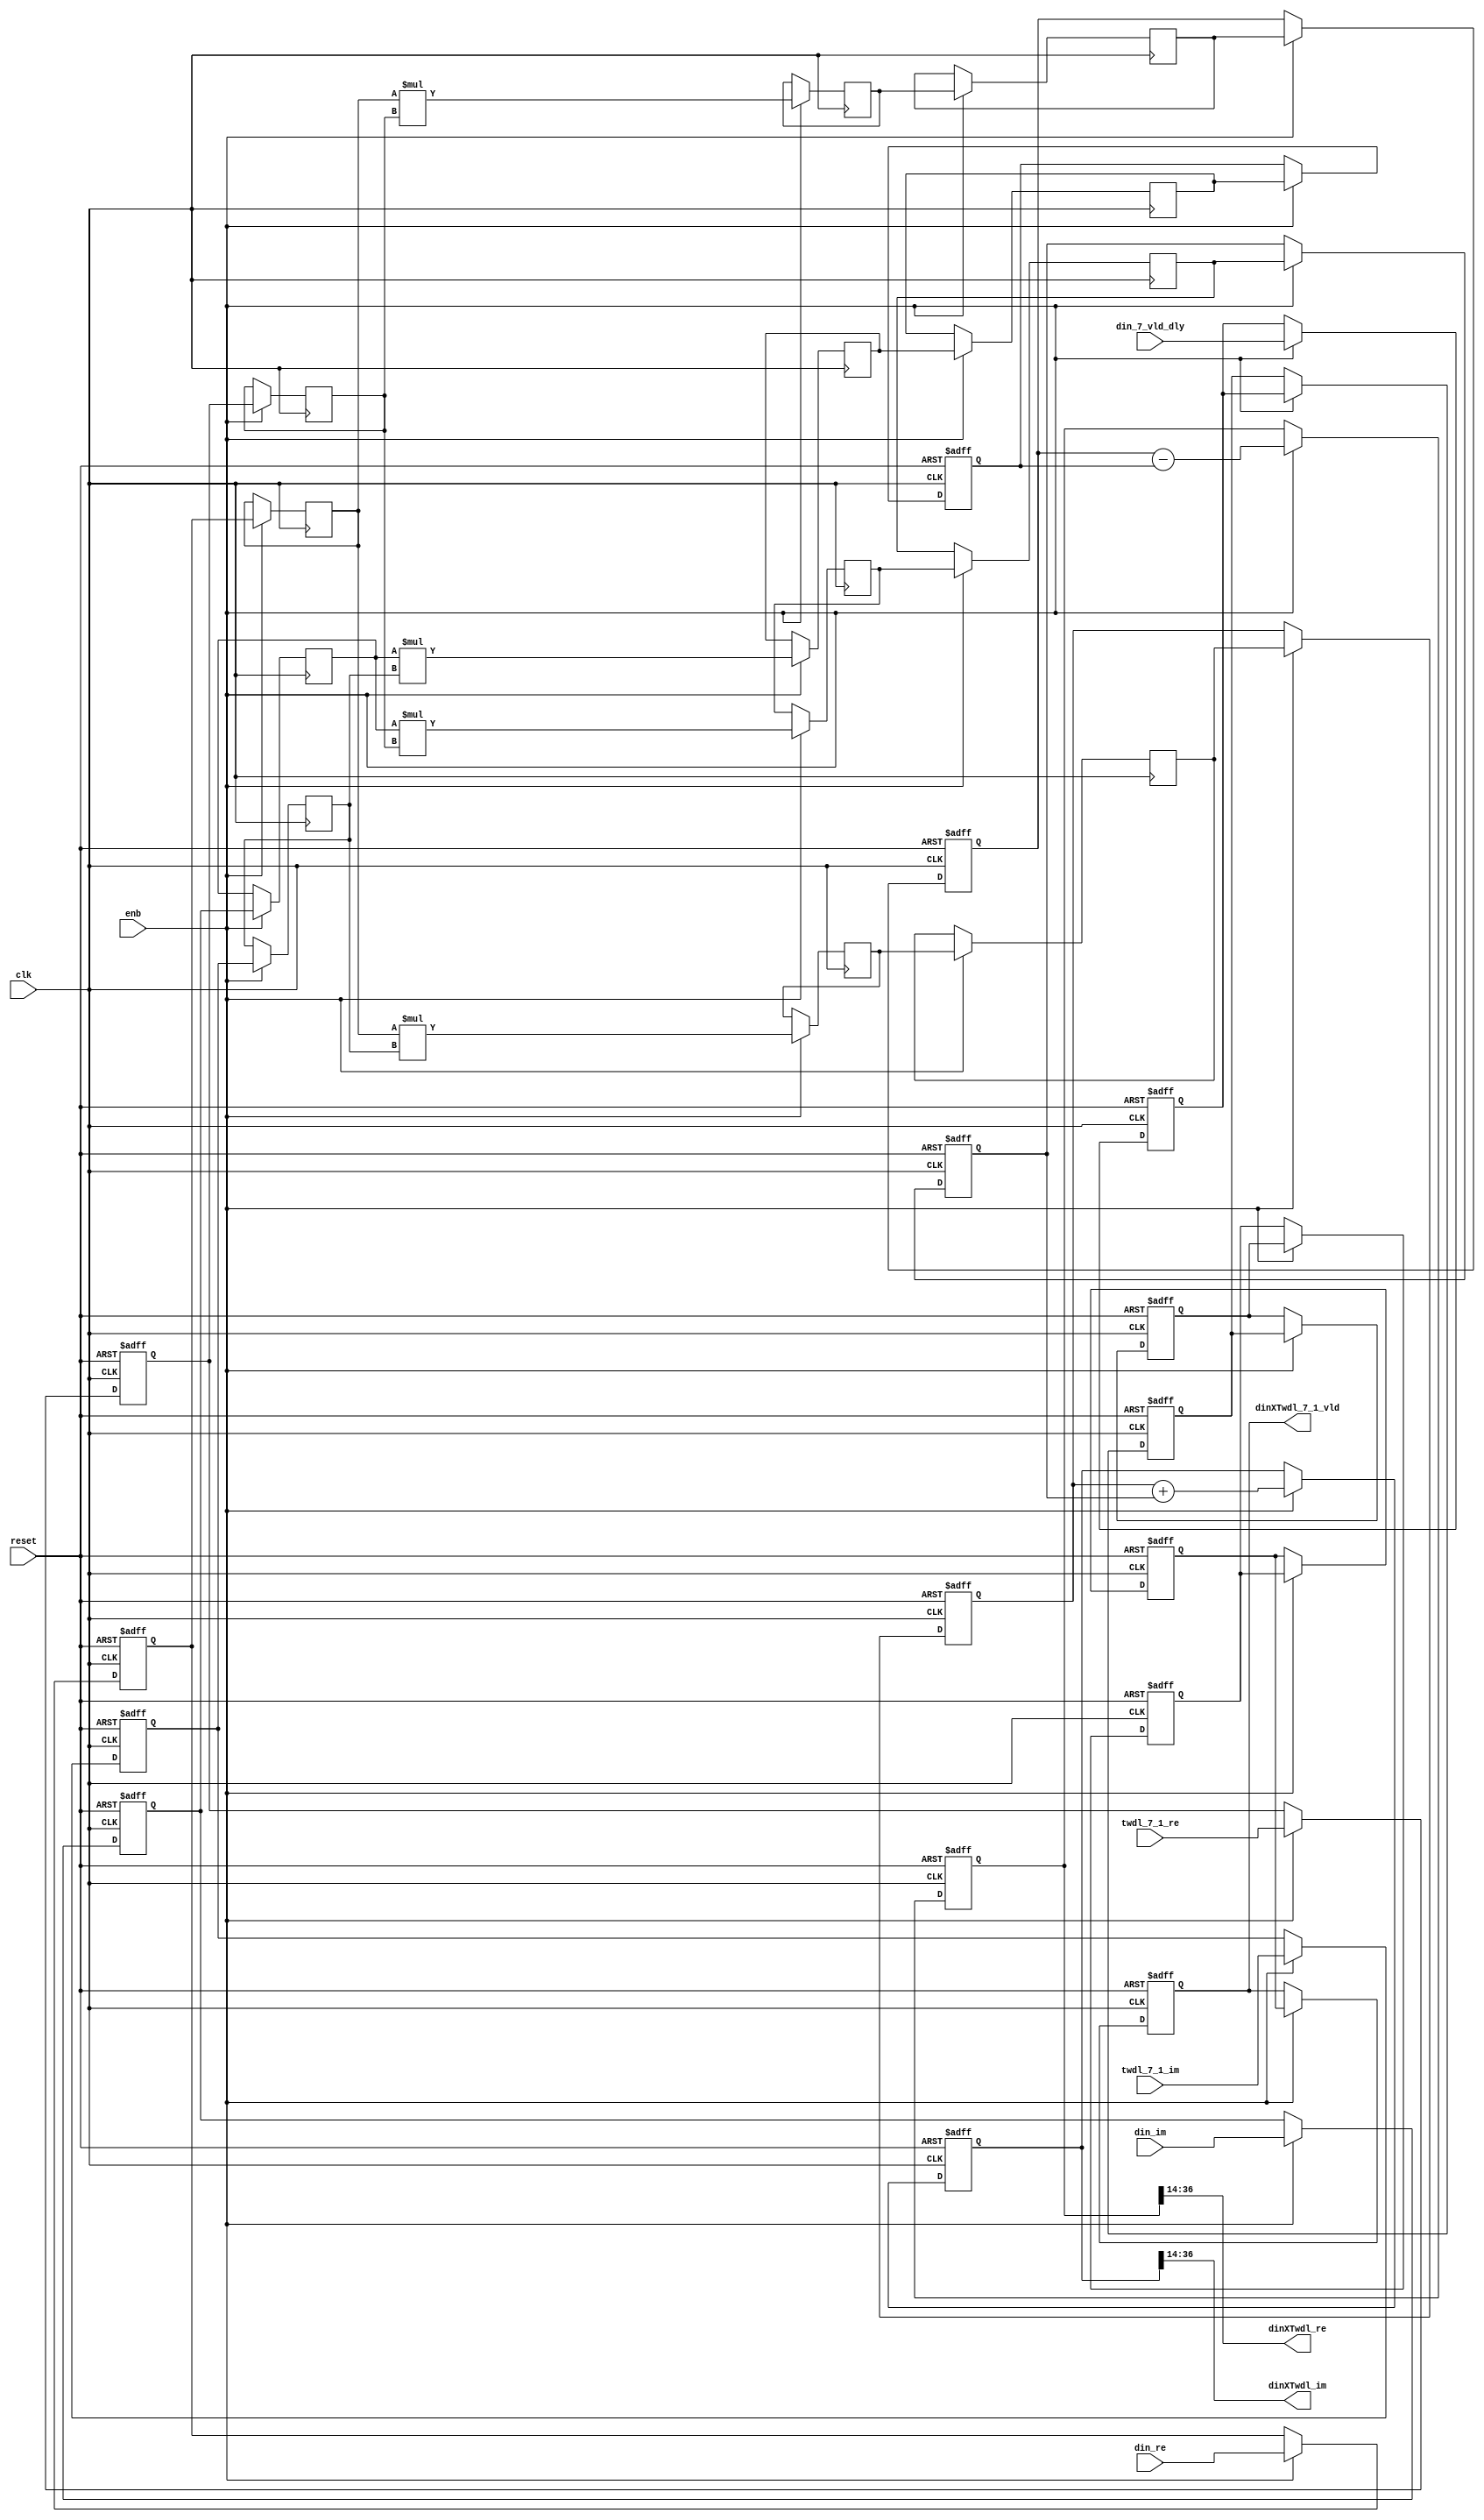
// -------------------------------------------------------------
// 
// 
// Generated by MATLAB 9.13 and HDL Coder 4.0
// 
// -------------------------------------------------------------


// -------------------------------------------------------------
// 
// Module: Complex4Multiply_block1
// Source Path: tb_FFT/DUT/FFT/RADIX22FFT_SDF1_7/Complex4Multiply
// Hierarchy Level: 3
// 
// -------------------------------------------------------------

`timescale 1 ns / 1 ns

module Complex4Multiply_block1
          (clk,
           reset,
           enb,
           din_re,
           din_im,
           din_7_vld_dly,
           twdl_7_1_re,
           twdl_7_1_im,
           dinXTwdl_re,
           dinXTwdl_im,
           dinXTwdl_7_1_vld);


  input   clk;
  input   reset;
  input   enb;
  input   signed [22:0] din_re;  // sfix23_En13
  input   signed [22:0] din_im;  // sfix23_En13
  input   din_7_vld_dly;
  input   signed [15:0] twdl_7_1_re;  // sfix16_En14
  input   signed [15:0] twdl_7_1_im;  // sfix16_En14
  output  signed [22:0] dinXTwdl_re;  // sfix23_En13
  output  signed [22:0] dinXTwdl_im;  // sfix23_En13
  output  dinXTwdl_7_1_vld;


  reg signed [22:0] din_re_reg;  // sfix23_En13
  reg signed [22:0] din_im_reg;  // sfix23_En13
  reg signed [15:0] twdl_re_reg;  // sfix16_En14
  reg signed [15:0] twdl_im_reg;  // sfix16_En14
  reg signed [22:0] Complex4Multiply_din1_re_pipe1;  // sfix23
  reg signed [22:0] Complex4Multiply_din1_im_pipe1;  // sfix23
  reg signed [38:0] Complex4Multiply_mult1_re_pipe1;  // sfix39
  reg signed [38:0] Complex4Multiply_mult2_re_pipe1;  // sfix39
  reg signed [38:0] Complex4Multiply_mult1_im_pipe1;  // sfix39
  reg signed [38:0] Complex4Multiply_mult2_im_pipe1;  // sfix39
  reg signed [15:0] Complex4Multiply_twiddle_re_pipe1;  // sfix16
  reg signed [15:0] Complex4Multiply_twiddle_im_pipe1;  // sfix16
  reg signed [38:0] prod1_re;  // sfix39_En27
  reg signed [38:0] prod1_im;  // sfix39_En27
  reg signed [38:0] prod2_re;  // sfix39_En27
  reg signed [38:0] prod2_im;  // sfix39_En27
  reg  din_vld_dly1;
  reg  din_vld_dly2;
  reg  din_vld_dly3;
  reg  prod_vld;
  reg signed [39:0] Complex4Add_multRes_re_reg;  // sfix40
  reg signed [39:0] Complex4Add_multRes_im_reg;  // sfix40
  reg  Complex4Add_prod_vld_reg1;
  reg signed [38:0] Complex4Add_prod1_re_reg;  // sfix39
  reg signed [38:0] Complex4Add_prod1_im_reg;  // sfix39
  reg signed [38:0] Complex4Add_prod2_re_reg;  // sfix39
  reg signed [38:0] Complex4Add_prod2_im_reg;  // sfix39
  wire signed [39:0] Complex4Add_multRes_re_reg_next;  // sfix40_En27
  wire signed [39:0] Complex4Add_multRes_im_reg_next;  // sfix40_En27
  wire signed [39:0] Complex4Add_sub_cast;  // sfix40_En27
  wire signed [39:0] Complex4Add_sub_cast_1;  // sfix40_En27
  wire signed [39:0] Complex4Add_add_cast;  // sfix40_En27
  wire signed [39:0] Complex4Add_add_cast_1;  // sfix40_En27
  wire signed [39:0] mulResFP_re;  // sfix40_En27
  wire signed [39:0] mulResFP_im;  // sfix40_En27
  reg  dinXTwdl_7_1_vld_1;

  initial begin
    Complex4Multiply_din1_re_pipe1 = 23'sb00000000000000000000000;
    Complex4Multiply_din1_im_pipe1 = 23'sb00000000000000000000000;
    Complex4Multiply_twiddle_re_pipe1 = 16'sb0000000000000000;
    Complex4Multiply_twiddle_im_pipe1 = 16'sb0000000000000000;
    Complex4Multiply_mult1_re_pipe1 = 39'sh0000000000;
    Complex4Multiply_mult2_re_pipe1 = 39'sh0000000000;
    Complex4Multiply_mult1_im_pipe1 = 39'sh0000000000;
    Complex4Multiply_mult2_im_pipe1 = 39'sh0000000000;
    prod1_re = 39'sh0000000000;
    prod2_re = 39'sh0000000000;
    prod1_im = 39'sh0000000000;
    prod2_im = 39'sh0000000000;
  end

  always @(posedge clk or posedge reset)
    begin : intdelay_process
      if (reset == 1'b1) begin
        din_re_reg <= 23'sb00000000000000000000000;
      end
      else begin
        if (enb) begin
          din_re_reg <= din_re;
        end
      end
    end



  always @(posedge clk or posedge reset)
    begin : intdelay_1_process
      if (reset == 1'b1) begin
        din_im_reg <= 23'sb00000000000000000000000;
      end
      else begin
        if (enb) begin
          din_im_reg <= din_im;
        end
      end
    end



  always @(posedge clk or posedge reset)
    begin : intdelay_2_process
      if (reset == 1'b1) begin
        twdl_re_reg <= 16'sb0000000000000000;
      end
      else begin
        if (enb) begin
          twdl_re_reg <= twdl_7_1_re;
        end
      end
    end



  always @(posedge clk or posedge reset)
    begin : intdelay_3_process
      if (reset == 1'b1) begin
        twdl_im_reg <= 16'sb0000000000000000;
      end
      else begin
        if (enb) begin
          twdl_im_reg <= twdl_7_1_im;
        end
      end
    end



  // Complex4Multiply
  always @(posedge clk)
    begin : Complex4Multiply_process
      if (enb) begin
        prod1_re <= Complex4Multiply_mult1_re_pipe1;
        prod2_re <= Complex4Multiply_mult2_re_pipe1;
        prod1_im <= Complex4Multiply_mult1_im_pipe1;
        prod2_im <= Complex4Multiply_mult2_im_pipe1;
        Complex4Multiply_mult1_re_pipe1 <= Complex4Multiply_din1_re_pipe1 * Complex4Multiply_twiddle_re_pipe1;
        Complex4Multiply_mult2_re_pipe1 <= Complex4Multiply_din1_im_pipe1 * Complex4Multiply_twiddle_im_pipe1;
        Complex4Multiply_mult1_im_pipe1 <= Complex4Multiply_din1_re_pipe1 * Complex4Multiply_twiddle_im_pipe1;
        Complex4Multiply_mult2_im_pipe1 <= Complex4Multiply_din1_im_pipe1 * Complex4Multiply_twiddle_re_pipe1;
        Complex4Multiply_twiddle_re_pipe1 <= twdl_re_reg;
        Complex4Multiply_twiddle_im_pipe1 <= twdl_im_reg;
        Complex4Multiply_din1_re_pipe1 <= din_re_reg;
        Complex4Multiply_din1_im_pipe1 <= din_im_reg;
      end
    end



  always @(posedge clk or posedge reset)
    begin : intdelay_4_process
      if (reset == 1'b1) begin
        din_vld_dly1 <= 1'b0;
      end
      else begin
        if (enb) begin
          din_vld_dly1 <= din_7_vld_dly;
        end
      end
    end



  always @(posedge clk or posedge reset)
    begin : intdelay_5_process
      if (reset == 1'b1) begin
        din_vld_dly2 <= 1'b0;
      end
      else begin
        if (enb) begin
          din_vld_dly2 <= din_vld_dly1;
        end
      end
    end



  always @(posedge clk or posedge reset)
    begin : intdelay_6_process
      if (reset == 1'b1) begin
        din_vld_dly3 <= 1'b0;
      end
      else begin
        if (enb) begin
          din_vld_dly3 <= din_vld_dly2;
        end
      end
    end



  always @(posedge clk or posedge reset)
    begin : intdelay_7_process
      if (reset == 1'b1) begin
        prod_vld <= 1'b0;
      end
      else begin
        if (enb) begin
          prod_vld <= din_vld_dly3;
        end
      end
    end



  // Complex4Add
  always @(posedge clk or posedge reset)
    begin : Complex4Add_process
      if (reset == 1'b1) begin
        Complex4Add_multRes_re_reg <= 40'sh0000000000;
        Complex4Add_multRes_im_reg <= 40'sh0000000000;
        Complex4Add_prod1_re_reg <= 39'sh0000000000;
        Complex4Add_prod1_im_reg <= 39'sh0000000000;
        Complex4Add_prod2_re_reg <= 39'sh0000000000;
        Complex4Add_prod2_im_reg <= 39'sh0000000000;
        Complex4Add_prod_vld_reg1 <= 1'b0;
        dinXTwdl_7_1_vld_1 <= 1'b0;
      end
      else begin
        if (enb) begin
          Complex4Add_multRes_re_reg <= Complex4Add_multRes_re_reg_next;
          Complex4Add_multRes_im_reg <= Complex4Add_multRes_im_reg_next;
          Complex4Add_prod1_re_reg <= prod1_re;
          Complex4Add_prod1_im_reg <= prod1_im;
          Complex4Add_prod2_re_reg <= prod2_re;
          Complex4Add_prod2_im_reg <= prod2_im;
          dinXTwdl_7_1_vld_1 <= Complex4Add_prod_vld_reg1;
          Complex4Add_prod_vld_reg1 <= prod_vld;
        end
      end
    end

  assign Complex4Add_sub_cast = {Complex4Add_prod1_re_reg[38], Complex4Add_prod1_re_reg};
  assign Complex4Add_sub_cast_1 = {Complex4Add_prod2_re_reg[38], Complex4Add_prod2_re_reg};
  assign Complex4Add_multRes_re_reg_next = Complex4Add_sub_cast - Complex4Add_sub_cast_1;
  assign Complex4Add_add_cast = {Complex4Add_prod1_im_reg[38], Complex4Add_prod1_im_reg};
  assign Complex4Add_add_cast_1 = {Complex4Add_prod2_im_reg[38], Complex4Add_prod2_im_reg};
  assign Complex4Add_multRes_im_reg_next = Complex4Add_add_cast + Complex4Add_add_cast_1;
  assign mulResFP_re = Complex4Add_multRes_re_reg;
  assign mulResFP_im = Complex4Add_multRes_im_reg;



  assign dinXTwdl_re = mulResFP_re[36:14];



  assign dinXTwdl_im = mulResFP_im[36:14];



  assign dinXTwdl_7_1_vld = dinXTwdl_7_1_vld_1;

endmodule  // Complex4Multiply_block1